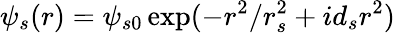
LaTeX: \psi_{s}(r)=\psi_{s0}\exp(-r^{2}/r_{s}^{2}+id_{s}r^{2})